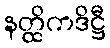
နတ္ထိကဒိဋ္ဌီ